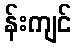
န်းကျင်